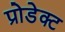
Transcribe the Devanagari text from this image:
प्रोडेक्ट